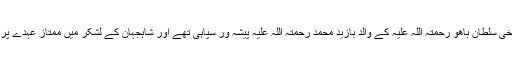
حضرت سخی سلطان باھو رحمتہ اللہ علیہ کے والد بازید محمد رحمتہ اللہ علیہ پیشہ ور سپاہی تھے اور شاہجہان کے لشکر میں ممتاز عہدے پر فائز تھے۔